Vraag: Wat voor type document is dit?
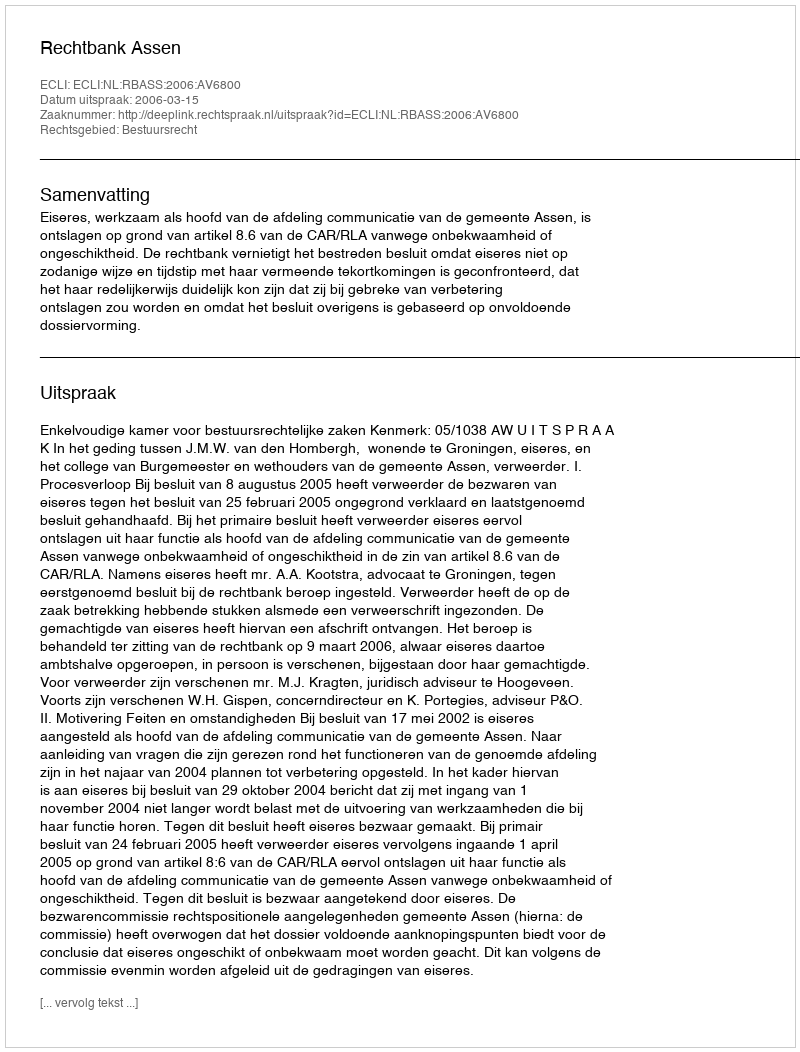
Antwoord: Uitspraak